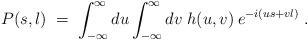
LaTeX: \begin{align*}P(s,l) \;=\; \int_{-\infty}^\infty du \int_{-\infty}^\infty dv \;h(u,v) \:e^{-i(us + vl)} \;. \end{align*}